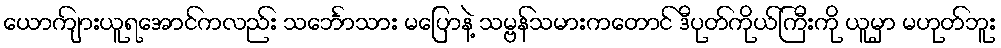
ယောကျ်ားယူရအောင်ကလည်း သင်္ဘောသား မပြောနဲ့ သမ္ဗန်သမားကတောင် ဒီပုတ်ကိုယ်ကြီးကို ယူမှာ မဟုတ်ဘူး